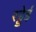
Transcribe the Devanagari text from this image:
रड्डेई